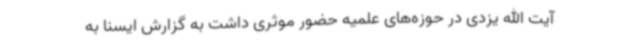
آیت الله یزدی در حوزه‌های علمیه حضور موثری داشت به گزارش ایسنا به